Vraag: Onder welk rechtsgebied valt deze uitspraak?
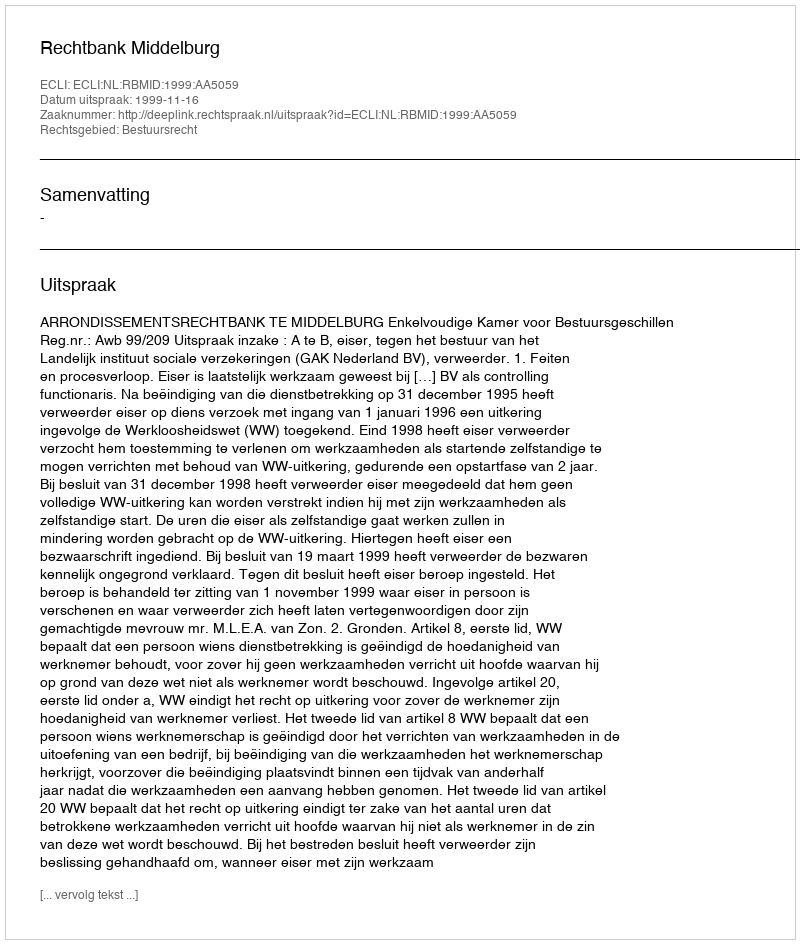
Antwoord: Bestuursrecht